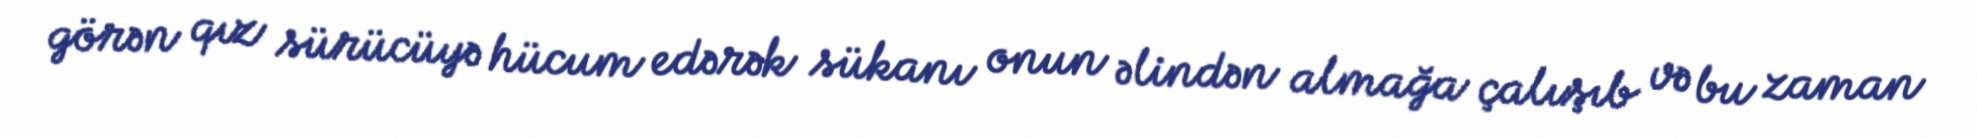
görən qız sürücüyə hücum edərək sükanı onun əlindən almağa çalışıb və bu zaman